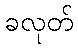
ခလုတ်